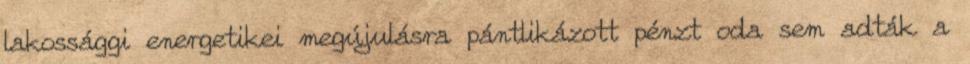
lakossággi energetikei megújulásra pántlikázott pénzt oda sem adták a